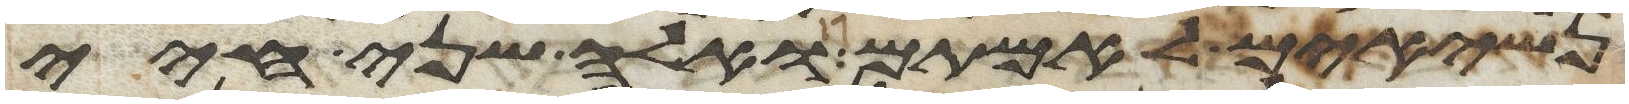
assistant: נשיאים לאמתם ואלה שני חיי